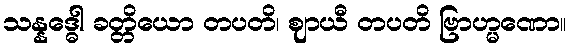
သန္နဒ္ဓေါ ခတ္တိယော တပတိ၊ ဈာယီ တပတိ ဗြာဟ္မဏော။